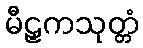
မီဠှကသုတ္တံ